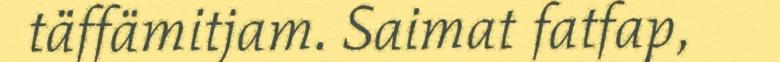
täffämitjam. Saimat fatfap,